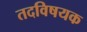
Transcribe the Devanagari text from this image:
तदविषयक